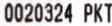
0020324 PKT